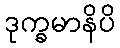
ဒုက္ခမာနိပိ